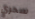
سحري